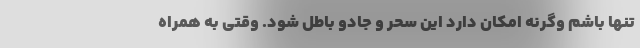
تنها باشم وگرنه امکان دارد این سحر و جادو باطل شود. وقتی به همراه